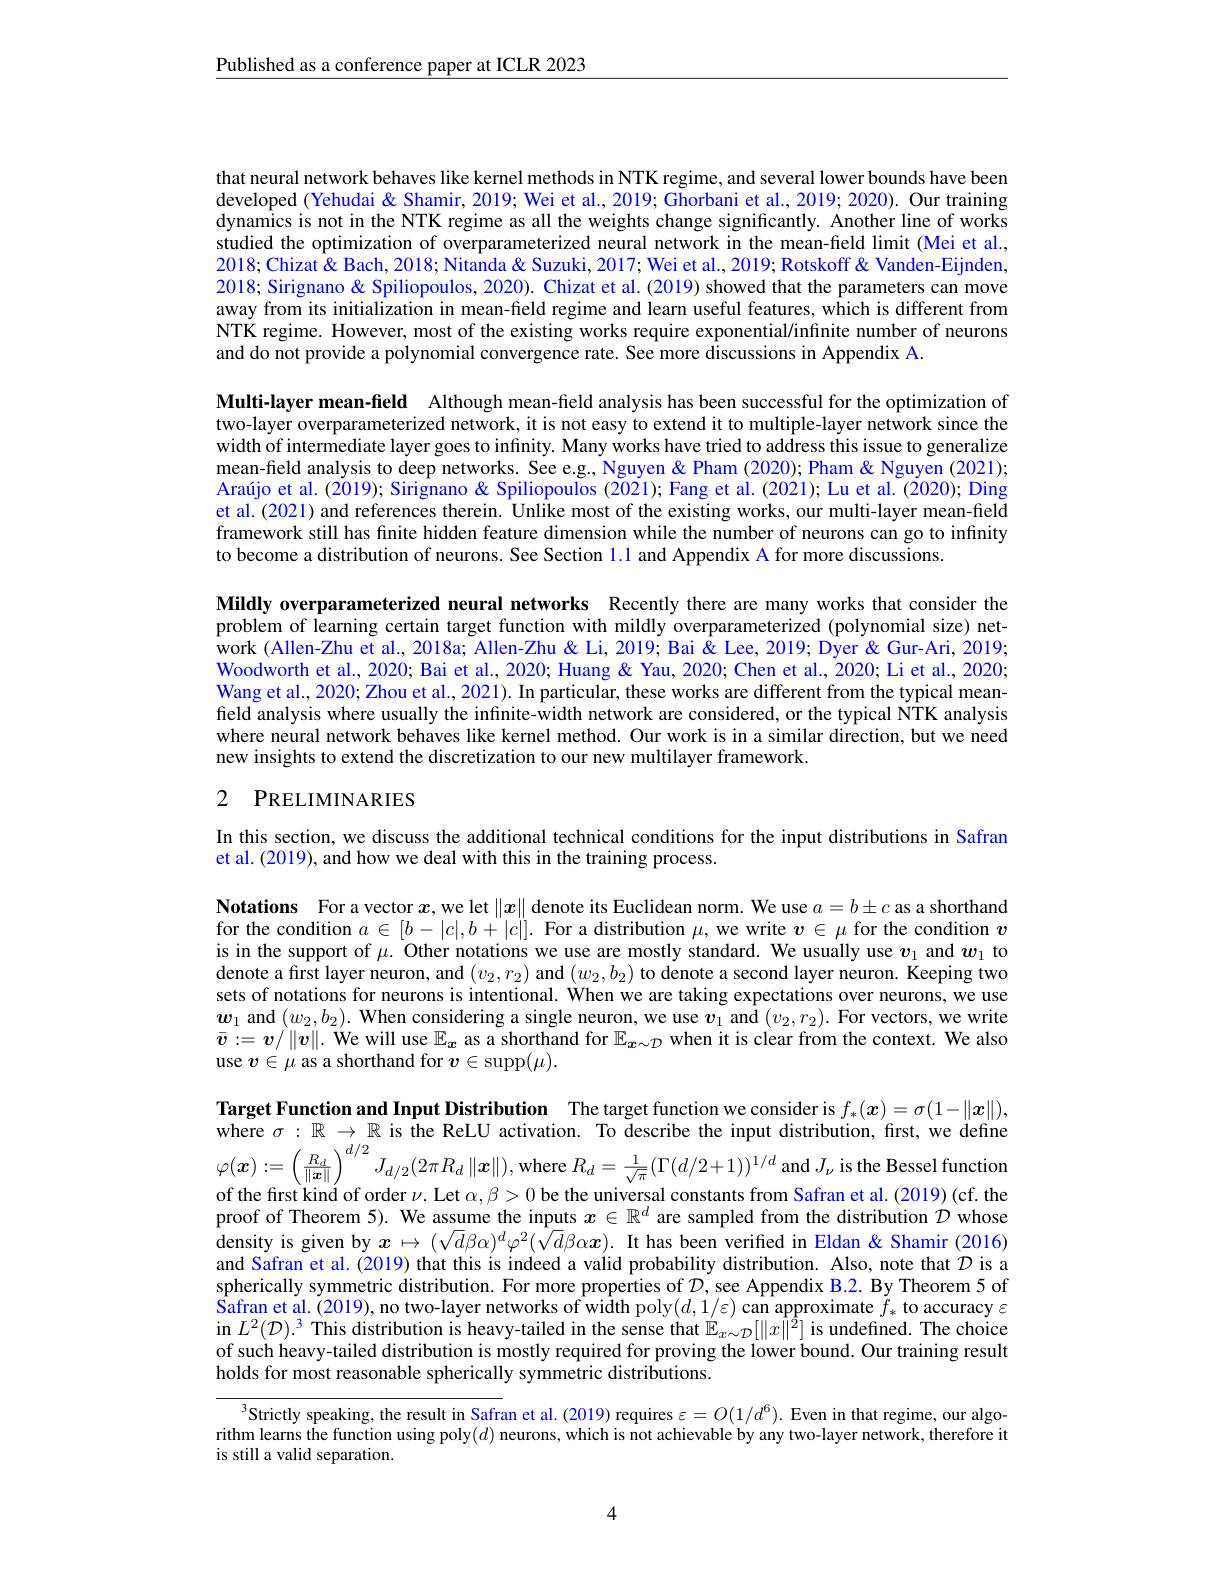
Published as a conference paper at ICLR 2023

that neural network behaves like kernel methods in NTK regime, and several lower bounds have been developed (Yehudai & Shamir, 2019; Wei et al., 2019; Ghorbani et al., 2019; 2020). Our training dynamics is not in the NTK regime as all the weights change significantly. Another line of works studied the optimization of overparameterized neural network in the mean-field limit (Mei et al., $2018;\hat{\text{Chizat\" }\&}$ Bach, 2018; Nitanda & Suzuki, 2017; Wei et al., 2019; Rotskoff & Vanden-Eijnden, 2018; Sirignano& Spiliopoulos, 2020). Chizat et al. (2019) showed that the parameters can move away from its initialization in mean-feld regime and learn useful features, which is different from NTK regime. However, most of the existing works require exponential/infinite number of neurons and do not provide a polynomial convergence rate. See more discussions in Appendix A.

Multi-layer mean-field Although mean-field analysis has been successful for the optimization of two-layer overparameterized network, it is not easy to extend it to multiple-layer network since the $width\vec{\text{ of intermediate layer goes to infinity. Many works have tried to address this issue to generalize}}$ mean-field analysis to deep networks. See e.g., Nguyen& Pham (2020); Pham & Nguyen (2021); Araújo et al. (2019); Sirignano& Spiliopoulos (2021); Fang et al. (2021); Lu et al. (2020); Ding et al.(2021) and references therein. Unlike most of the existing works, our multi-layer mean-field framework still has finite hidden feature dimension while the number of neurons can go to infinity to become a distribution of neurons. See Section l.1 and Appendix A for more discussions.
Mildly overparameterized neural networks Recently there are many works that consider the problem of learning certain target function with mildly overparameterized (polynomial size) network (Allen-Zhu et al., 2018a; Allen-Zhu & Li, 2019; Bai & Lee, 2019; Dyer & Gur-Ari, 2019; Woodworth et al., 2020; Bai et al., 2020; Huang & Yau, 2020; Chen et al., 2020; Li et al., 2020; Wang et al., 2020; Zhou et al., 2021). In particular, these works are different from the typical meanfield analysis where usually the infinite-width network are considered, or the typical NTK analysis where neural network behaves like kernel method. Our work is in a similar direction, but we need new insights to extend the discretization to our new multilayer framework.
2 PRELIMINARIES

In this section, we discuss the additional technical conditions for the input distributions in Safran
et al. (2019), and how we deal with this in the training process.

Notations For a vector $x$,we let $\|x\|$ denote its Euclidean norm. We use $a=b\pm c$ as a shorthand for the condition $a\in[b-|c|,b+|c|].$ For a distribution $\mu$, we write $v\in\mu$ for the condition $v$ is in the support of $\mu.$ Other notations we use are mostly standard. We usually use $v_1$ and $w_1$ to denote a first layer neuron, and $(v_2,r_2)$ and $(w_2,b_2)$ to denote a second layer neuron. Keeping two sets of notations for neurons is intentional. When we are taking expectations over neurons, we use $\boldsymbol{w}_1$ and $(w_2,b_2).$ When considering a single neuron, we use $\boldsymbol v_1$ and $(v_2,r_2).$ For vectors, we write $\bar{v}:=v/\|v\|.$ We will use $\mathbb{E_x}$ as a shorthand for $\mathbb{E}_x\sim\mathcal{D}$ when it is clear from the context. We also use $v\in\mu$ as a shorthand for $v\in\operatorname{supp}(\mu).$

Target Function and Input Distribution The target function we consider is $f_*(\boldsymbol{x})=\sigma(1-\|\boldsymbol{x}\|)$, where $\sigma : \mathbb{R} \to \mathbb{R}$ is the ReLU activation. To describe the input distribution, first, we define $\varphi ( \boldsymbol{x}) : = \left ( \frac {R_d}{\| \boldsymbol{x}\| }\right ) ^{d/ 2}J_{d/ 2}( 2\pi R_d\| \boldsymbol{x}\| ) $,where $R_d= \frac 1{\sqrt {\pi }}( \Gamma ( d/ 2+ 1) ) ^{1/ d}$ and $J_\nu$ is the Bessel function of the frst kind of ord

of the first kind of order $\nu.$ Let $\alpha,\beta>0$ be the universal constants from Safran et al.(2019)(cf.ther) proof of Theorem 5). We assume the inputs $x\in\mathbb{R}^d$ are sampled from the distribution $\hat{\mathcal{D}}$ whose density is given by $x\mapsto(\sqrt{d}\beta\alpha)^d\varphi^2(\sqrt{d}\beta\alpha\boldsymbol{x}).$ It has been verified in Eldan & Shamir (2016) and Safran et al. (2019) that this is indeed a valid probability distribution. Also, note that $\mathcal{D}$ is a spherically symmetric distribution. For more properties of $\mathcal{D}$,see Appendix B.2. By Theorem 5 of Safran et al. ( 2019) , no two- layer networks of width poly$( d, 1/ \varepsilon )$ can approximate $\tilde{f} _{* }$ to accuracy $\varepsilon$ in $L^{2}( \mathcal{D} ) . ^{3}$ This distribution is heavy- tailed in the sense that $\mathbb{E} _{x\sim \mathcal{D} }[ \| x\| ^{2}]$ is undefined. The choice of such heavy-tailed distribution is mostly required for proving the lower bound. Our training result holds for most reasonable spherically symmetric distributions.

$^3$Strictly speaking, the result in Safran et al.(2019) requires $\varepsilon=O(1/d^6).$ Even in that regime, our algorithm learns the function using poly$(d)$ neurons, which is not achievable by any two-layer network, therefore it is still a valid separation.

4